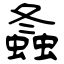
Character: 螽